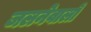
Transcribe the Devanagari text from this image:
जलनेवालों